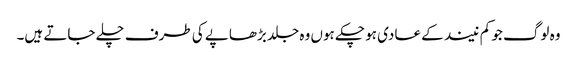
وہ لوگ جو کم نیند کے عادی ہو چکے ہوں وہ جلد بڑھاپے کی طرف چلے جاتے ہیں۔